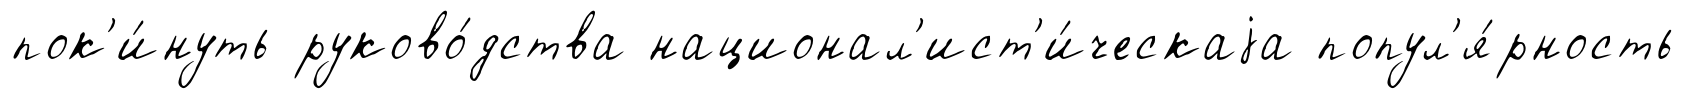
пок'и́нуть руково́дства национал'ист'и́ческаjа попул'я́рность